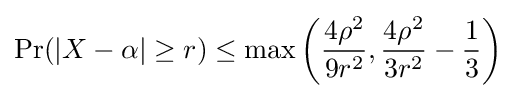
\operatorname {Pr} (|X-\alpha |\geq r)\leq \max \left({\frac {4\rho ^{2}}{9r^{2}}},{\frac {4\rho ^{2}}{3r^{2}}}-{\frac {1}{3}}\right)